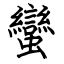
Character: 蠻